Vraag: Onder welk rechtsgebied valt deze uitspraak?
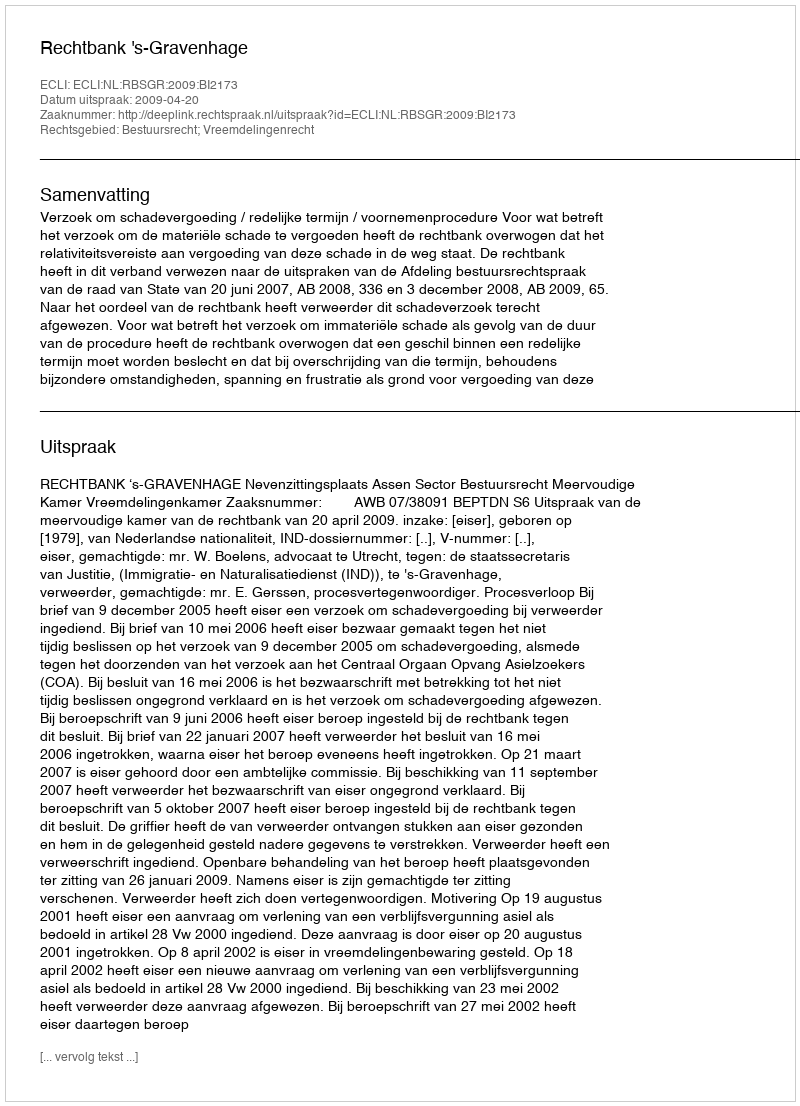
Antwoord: Bestuursrecht; Vreemdelingenrecht